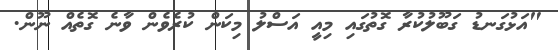
"އަޅުގަނޑު ގަބޫލުކުރާ ގޮތުގައި މިއީ އަސްލު މިކަން ކުރެވެން ވާނެ ގޮތެއް ނޫން.